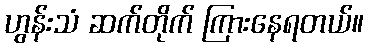
ဟွန်းသံ ဆက်တိုက် ကြားနေရတယ်။